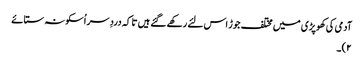
آدمی کی کھوپڑی میں مختلف جوڑ اس لئے رکھے گئے ہیں تا کہ دردِ سر اُسکو نہ ستائے
۲)۔